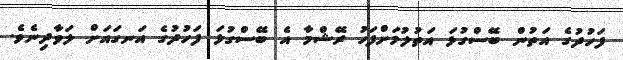
ފަހުދުގެ އަތުން ބޭސްގުޅަ އަތުލުމަށްފަހު ރޭޝްމާ އެ ބޭސްގުޅަ ފަހުދުގެ އަނގައަށް ލަވާދިނެވެ.